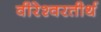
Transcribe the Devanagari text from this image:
वीरेश्वरतीर्थ